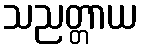
သညတ္တာယ